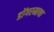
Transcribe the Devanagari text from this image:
डोंगरमाथा